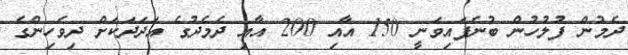
ދެމުން ފުލުހުން ބުނެފައިވަނީ 150 އާއި 200 އާއި ދެމެދުގެ އަދަދަކަށް ދިވެހިންގެ